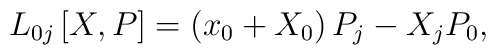
L_{0j}\left[ X,P\right] =\left( x_0+X_0\right) P_j-X_jP_0,